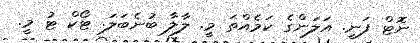
ނޮޓް ފަނީ. އަލަންގެ ކަމެއްތަ މީ. ލާލާ ބުނެބަލަ. ޓޯކް ޓު މީ.